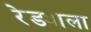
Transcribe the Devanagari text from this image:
रेड्याला